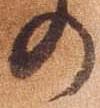
の